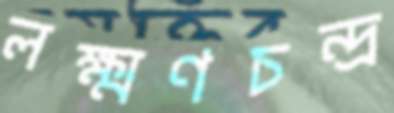
লক্ষ্মণচন্দ্র